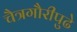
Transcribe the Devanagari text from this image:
चैत्रगौरीपुढे